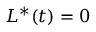
L ^ { * } ( t ) = 0